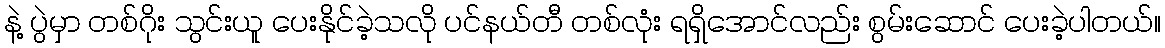
နဲ့ ပွဲမှာ တစ်ဂိုး သွင်းယူ ပေးနိုင်ခဲ့သလို ပင်နယ်တီ တစ်လုံး ရရှိအောင်လည်း စွမ်းဆောင် ပေးခဲ့ပါတယ်။